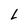
Character: L